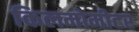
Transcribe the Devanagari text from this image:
किलमोमीटर